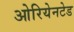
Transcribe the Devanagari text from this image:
ओरियेनटेड